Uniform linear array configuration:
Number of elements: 4
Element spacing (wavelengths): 0.25
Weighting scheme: kaiser
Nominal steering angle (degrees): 30
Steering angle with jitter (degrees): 29.245
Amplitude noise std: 0.05
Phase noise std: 0.05

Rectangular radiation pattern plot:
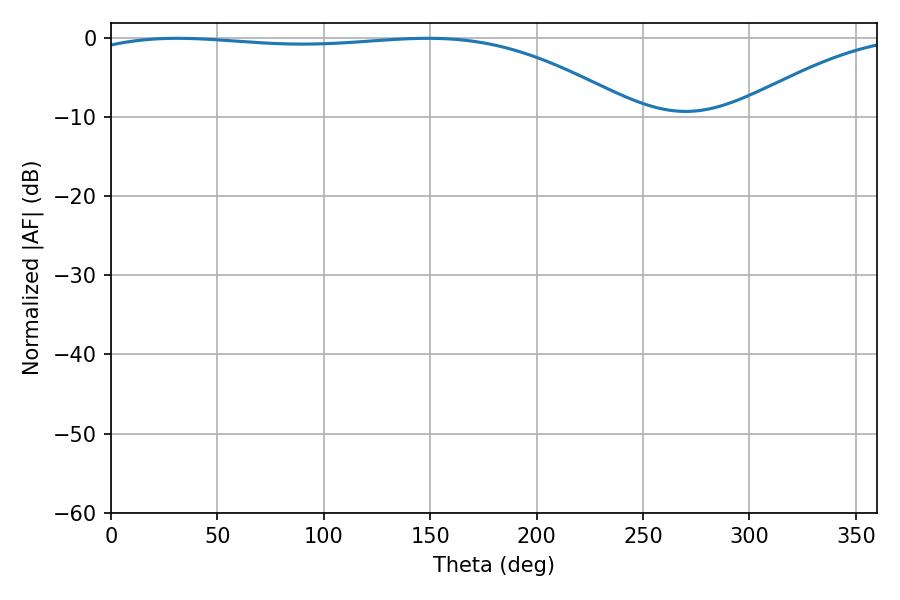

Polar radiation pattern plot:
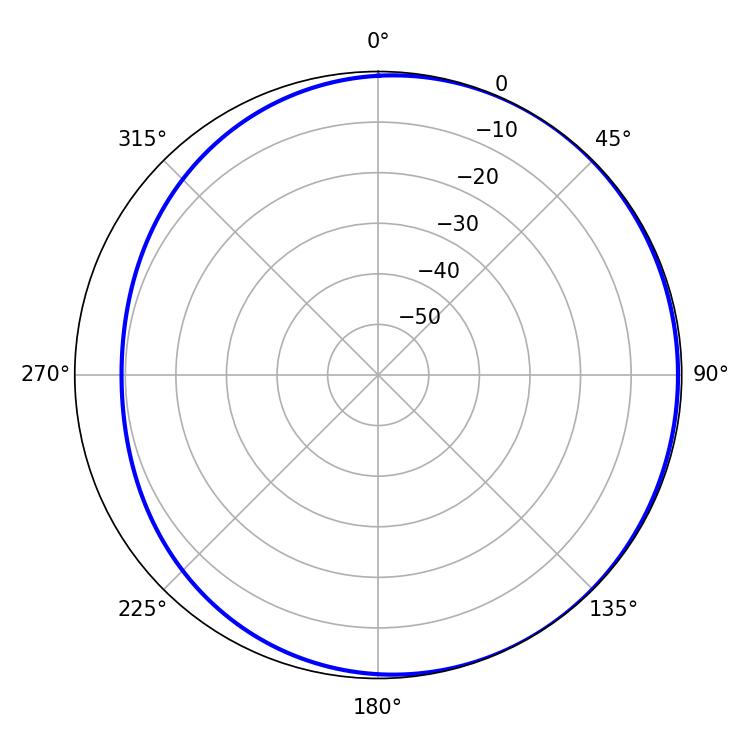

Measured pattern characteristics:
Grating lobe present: FALSE
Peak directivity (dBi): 1.783
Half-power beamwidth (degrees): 205.56
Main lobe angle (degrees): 31.14